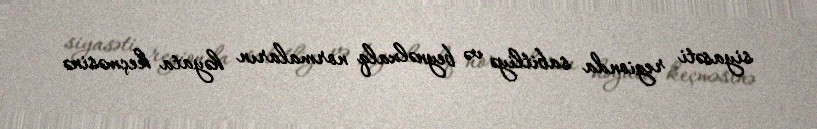
siyasəti regionda sabitliyə və beynəlxalq normaların həyata keçməsinə